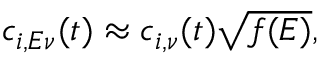
\begin{array} { r } { c _ { i , E \nu } ( t ) \approx c _ { i , \nu } ( t ) \sqrt { f ( E ) } , } \end{array}